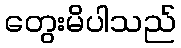
တွေးမိပါသည်